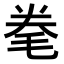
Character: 𣭮